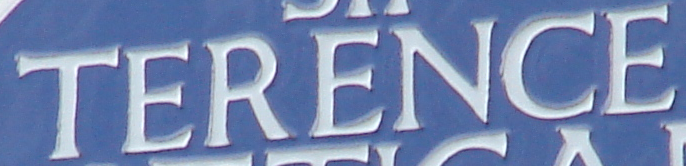
TERENCE